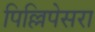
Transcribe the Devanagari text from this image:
पिल्लिपेसरा